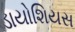
ડાયોશિયસ